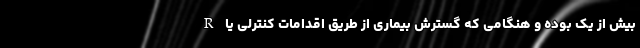
R بیش از یک بوده و هنگامی که گسترش بیماری از طریق اقدامات کنترلی یا